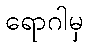
ရောဂါမှ